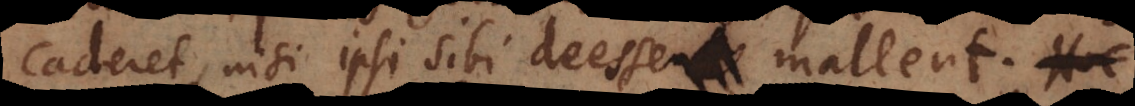
caderet, nisi ipsi sibi deessent deesse mallent.